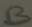
Text: B